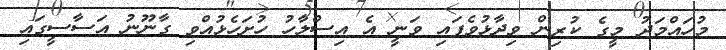
މުހައްމަދު މީގެ ކުރިން ވިދާޅުވެފައި ވަނީ އެ އިސްލާހު ހުށަހެޅުއްވި ގާނޫނު އަސާސީގައި